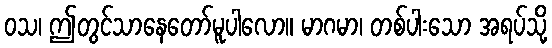
ဝသ၊ ဤတွင်သာနေတော်မူပါလော။ မာဂမာ၊ တစ်ပါးသော အရပ်သို့